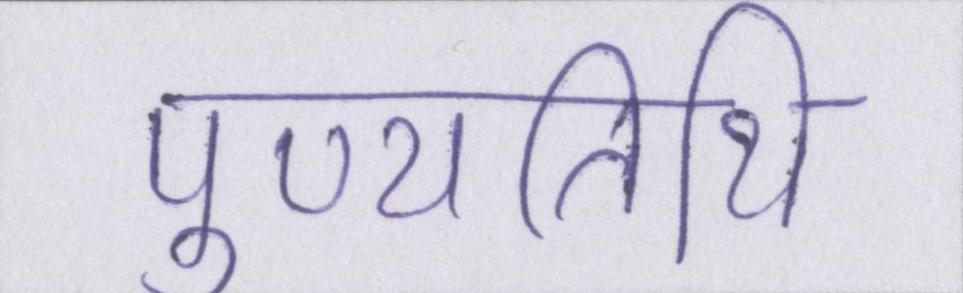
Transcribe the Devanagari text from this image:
पुण्यतिथि